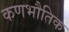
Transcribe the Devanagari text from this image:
कणभौतिक